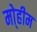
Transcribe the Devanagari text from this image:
मो्हीम